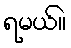
ရမယ်။